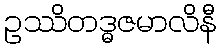
ဥဿိတဒ္ဓဇမာလိနီ